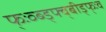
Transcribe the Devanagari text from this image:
फ्ःव्ब्ड्फ्व्बीड्फ्ःव